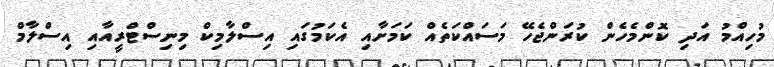
މުހިއްމު އަދި ކޮންމެހެން ކުރަންޖެހޭ މަސައްކަތެއް ކަމަށާއި އެކަމުގައި އިސްލާމިކް މިނިސްޓްރީއާއި އިސްލާމް